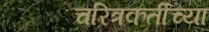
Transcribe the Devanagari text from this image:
चरित्रकर्तीच्या